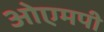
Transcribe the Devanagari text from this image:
ओएमपी